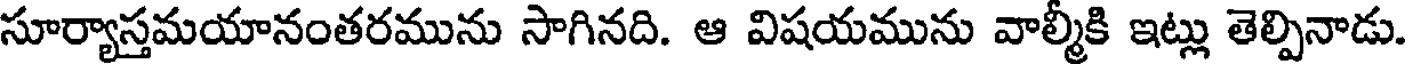
సూర్యాస్తమయానంతరమును సాగినది. ఆ విషయమును వాల్మీకి ఇట్లు తెల్పినాడు.